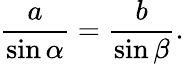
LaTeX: {\frac{a}{\sin\alpha}}={\frac{b}{\sin\beta}}.